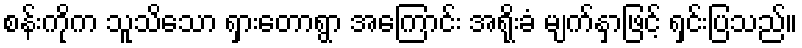
စန်းကိုက သူသိသော ရှားတောရွာ အကြောင်း အရိုးခံ မျက်နှာဖြင့် ရှင်းပြသည်။